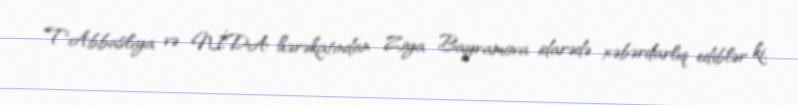
T.Abbaslıya və NİDA hərəkatından Ziya Bayramova idarədə xəbərdarlıq ediblər ki,